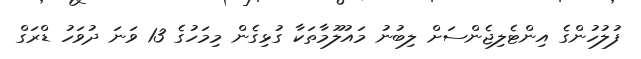
ފުލުހުންގެ އިންޓެލިޖެންސަށް ލިބުނު މައުލޫމާތަކާ ގުޅިގެން މިމަހުގެ 13 ވަނަ ދުވަހު ޑްރަގް